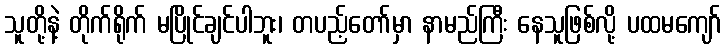
သူတို့နဲ့ တိုက်ရိုက် မပြိုင်ချင်ပါဘူး၊ တပည့်တော်မှာ နာမည်ကြီး နေသူဖြစ်လို့ ပထမကျော်